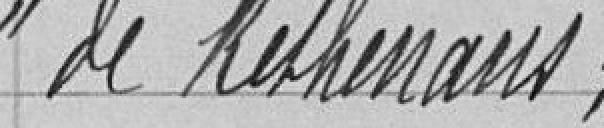
de Kelhenaus